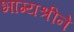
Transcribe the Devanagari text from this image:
भाग्यश्रीने